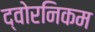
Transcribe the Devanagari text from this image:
द्वोरनिकम